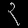
Digit: ၃